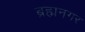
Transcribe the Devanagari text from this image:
ब्रह्मनगर